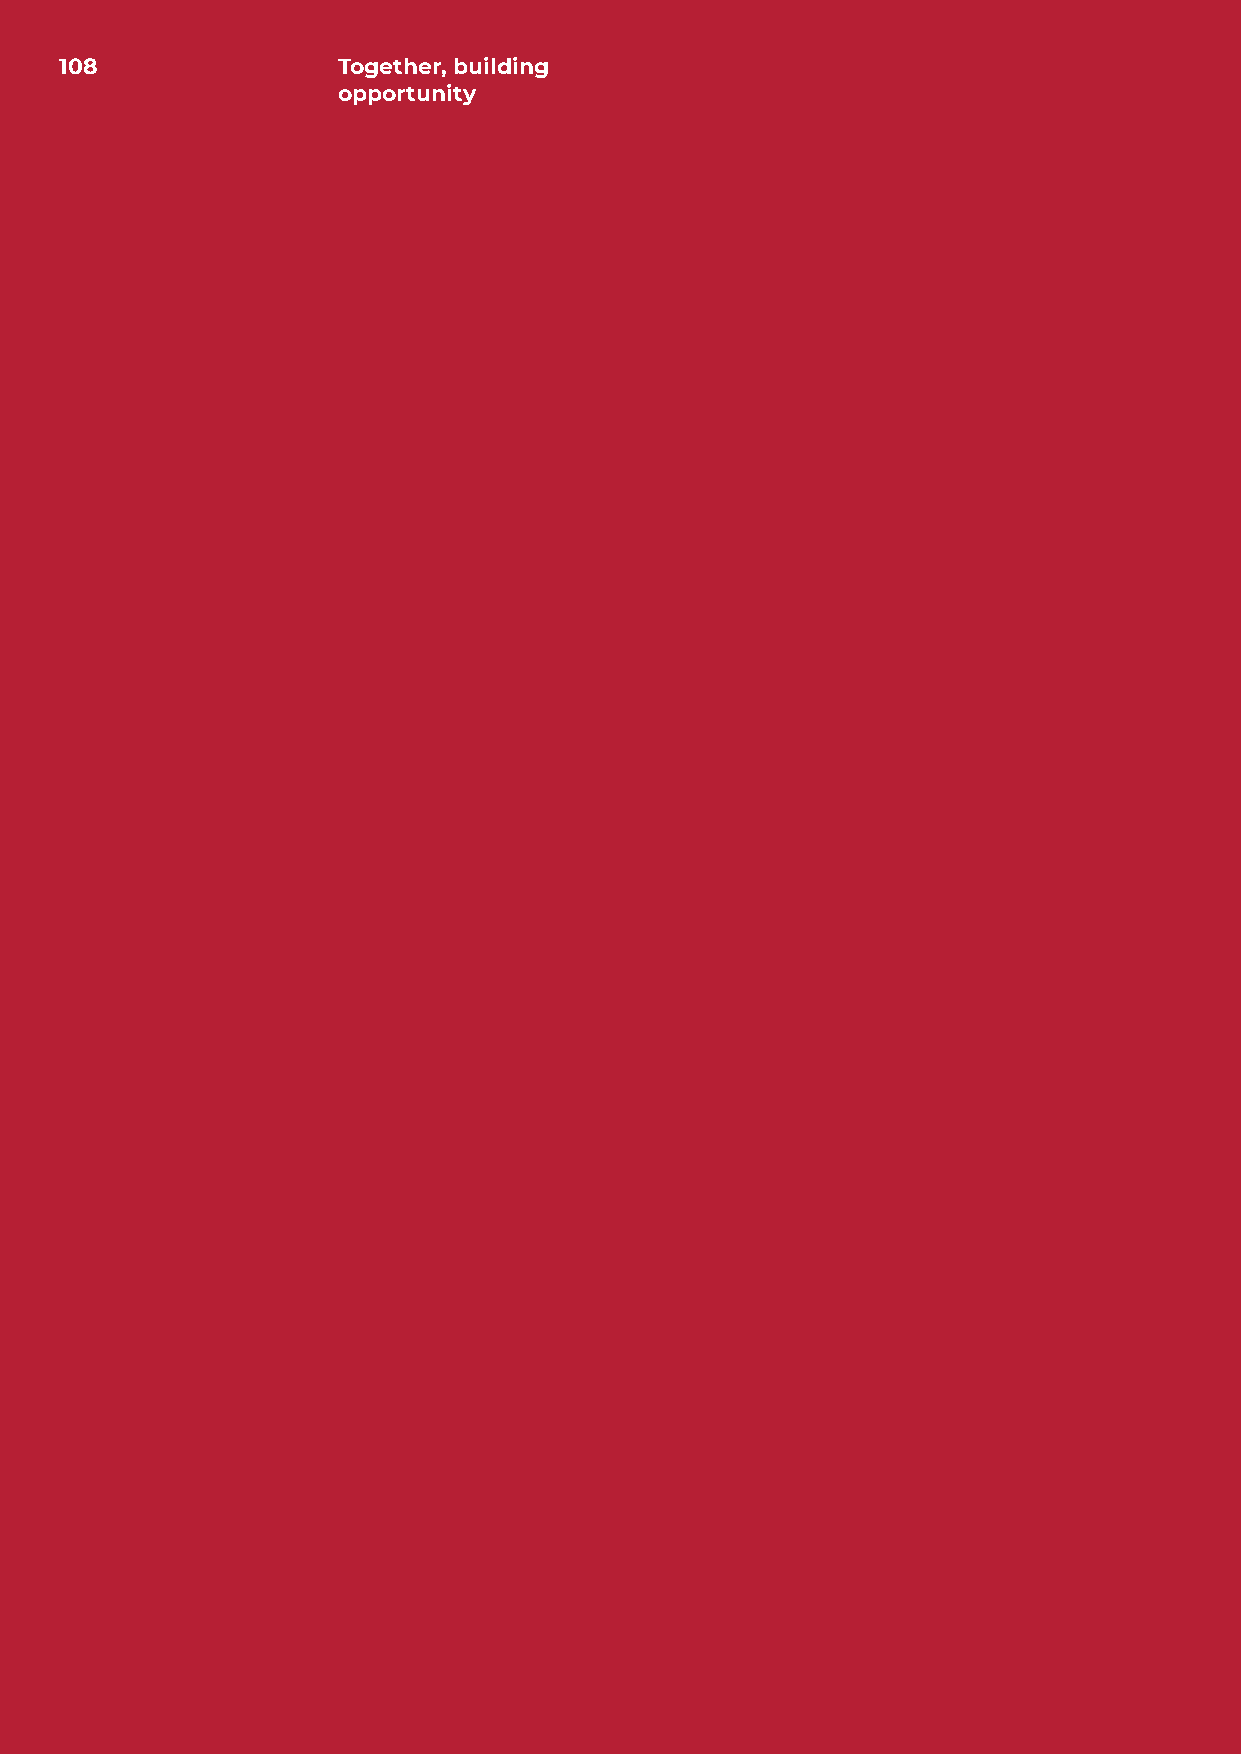
108               Together, building
 opportunity